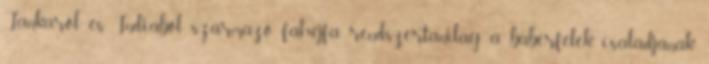
Lankáról és Indiából származó fahéjfa rendszertanilag a babérfélék családjának